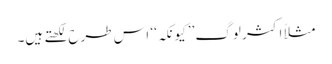
مثلاً اکثر لوگ ’’کیونکہ‘‘ اس طرح لکھتے ہیں۔